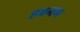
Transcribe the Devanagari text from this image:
हबनग